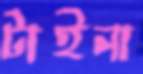
টাইনা